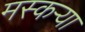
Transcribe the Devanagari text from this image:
मस्कऱ्या